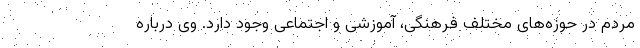
مردم در حوزه‌های مختلف فرهنگی، آموزشی و اجتماعی وجود دارد. وی درباره